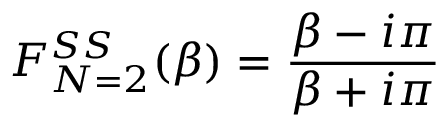
F _ { N = 2 } ^ { S S } ( \beta ) = \frac { \beta - i \pi } { \beta + i \pi }